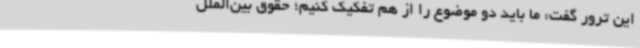
این ترور گفت: ما باید دو موضوع را از هم تفکیک کنیم؛ حقوق بین‌الملل